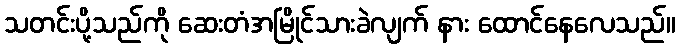
သတင်းပို့သည်ကို ဆေးတံအမြိုင်သားခဲလျက် နား ထောင်နေလေသည်။